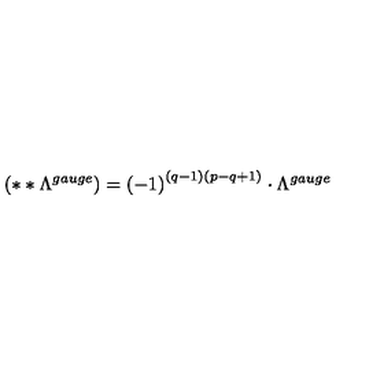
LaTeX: \left( * * \Lambda ^ { g a u g e } \right) = \left( - 1 \right) ^ { \left( q - 1 \right) \left( p - q + 1 \right) } \cdot \Lambda ^ { g a u g e }